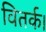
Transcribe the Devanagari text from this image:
वितर्क।